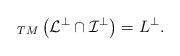
LaTeX: \begin{align*}_{TM} \left( \mathcal{L}^{\bot} \cap \mathcal{I}^{\bot} \right) = L^{\bot}. \end{align*}